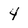
Character: 4